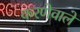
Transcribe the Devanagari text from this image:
करणेवाले